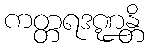
ကတ္တရဒဏ္ဍန္တိ